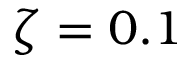
\zeta = 0 . 1